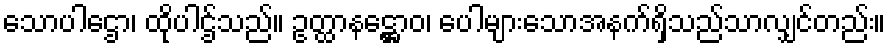
သောပါဌော၊ ထိုပါဌ်သည်။ ဥတ္ထာနဋ္ဌောဝ၊ ပေါများသောအနက်ရှိသည်သာလျှင်တည်း။